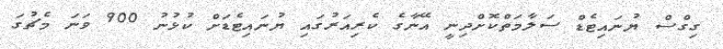
ގިގްސް ޔުނައިޓެޑް ސަލާމަތްކޮށްދިނީ އޭނާގެ ކެރިއަރުގައި ޔުނައިޓެޑަށް ކުޅުނު 900 ވަނަ މެޗުގަ